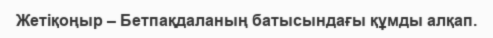
Жетіқоңыр – Бетпақдаланың батысындағы құмды алқап.